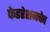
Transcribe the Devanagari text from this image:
फेडरेशनचेच